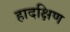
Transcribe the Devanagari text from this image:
हादक्षिण